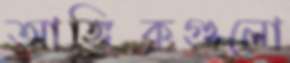
আঙ্গিকগুলো